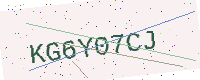
Text: KG6Y07CJ